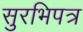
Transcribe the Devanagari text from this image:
सुरभिपत्र